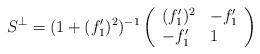
LaTeX: \begin{align*}S^{\perp}=(1+(f_1')^2)^{-1}\left(\begin{array}{ll} (f_1')^2 & -f_1' \\ -f_1' & 1\end{array}\right)\end{align*}